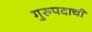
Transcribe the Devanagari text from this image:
गुरुपदाची